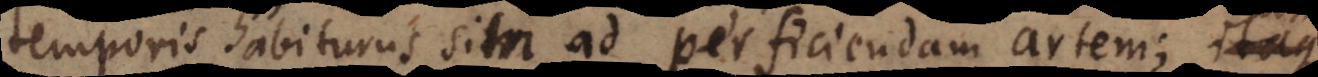
temporis habiturus sim ad perficiendam artem; unde